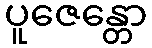
ပူဇေန္တော